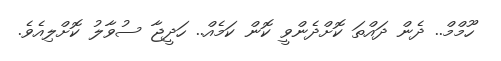
ހޫމްމް.. ދެން ދައްތަ ކޮށްދެންވީ ކޮން ކަމެއް.. ހަދީޖާ ސުވާލު ކޮށްލިއެވެ.